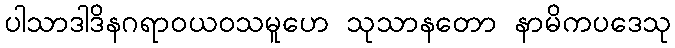
ပါသာဒါဒိနဂရာဝယဝသမူဟေ သုသာနတော နာမိကပဒေသု